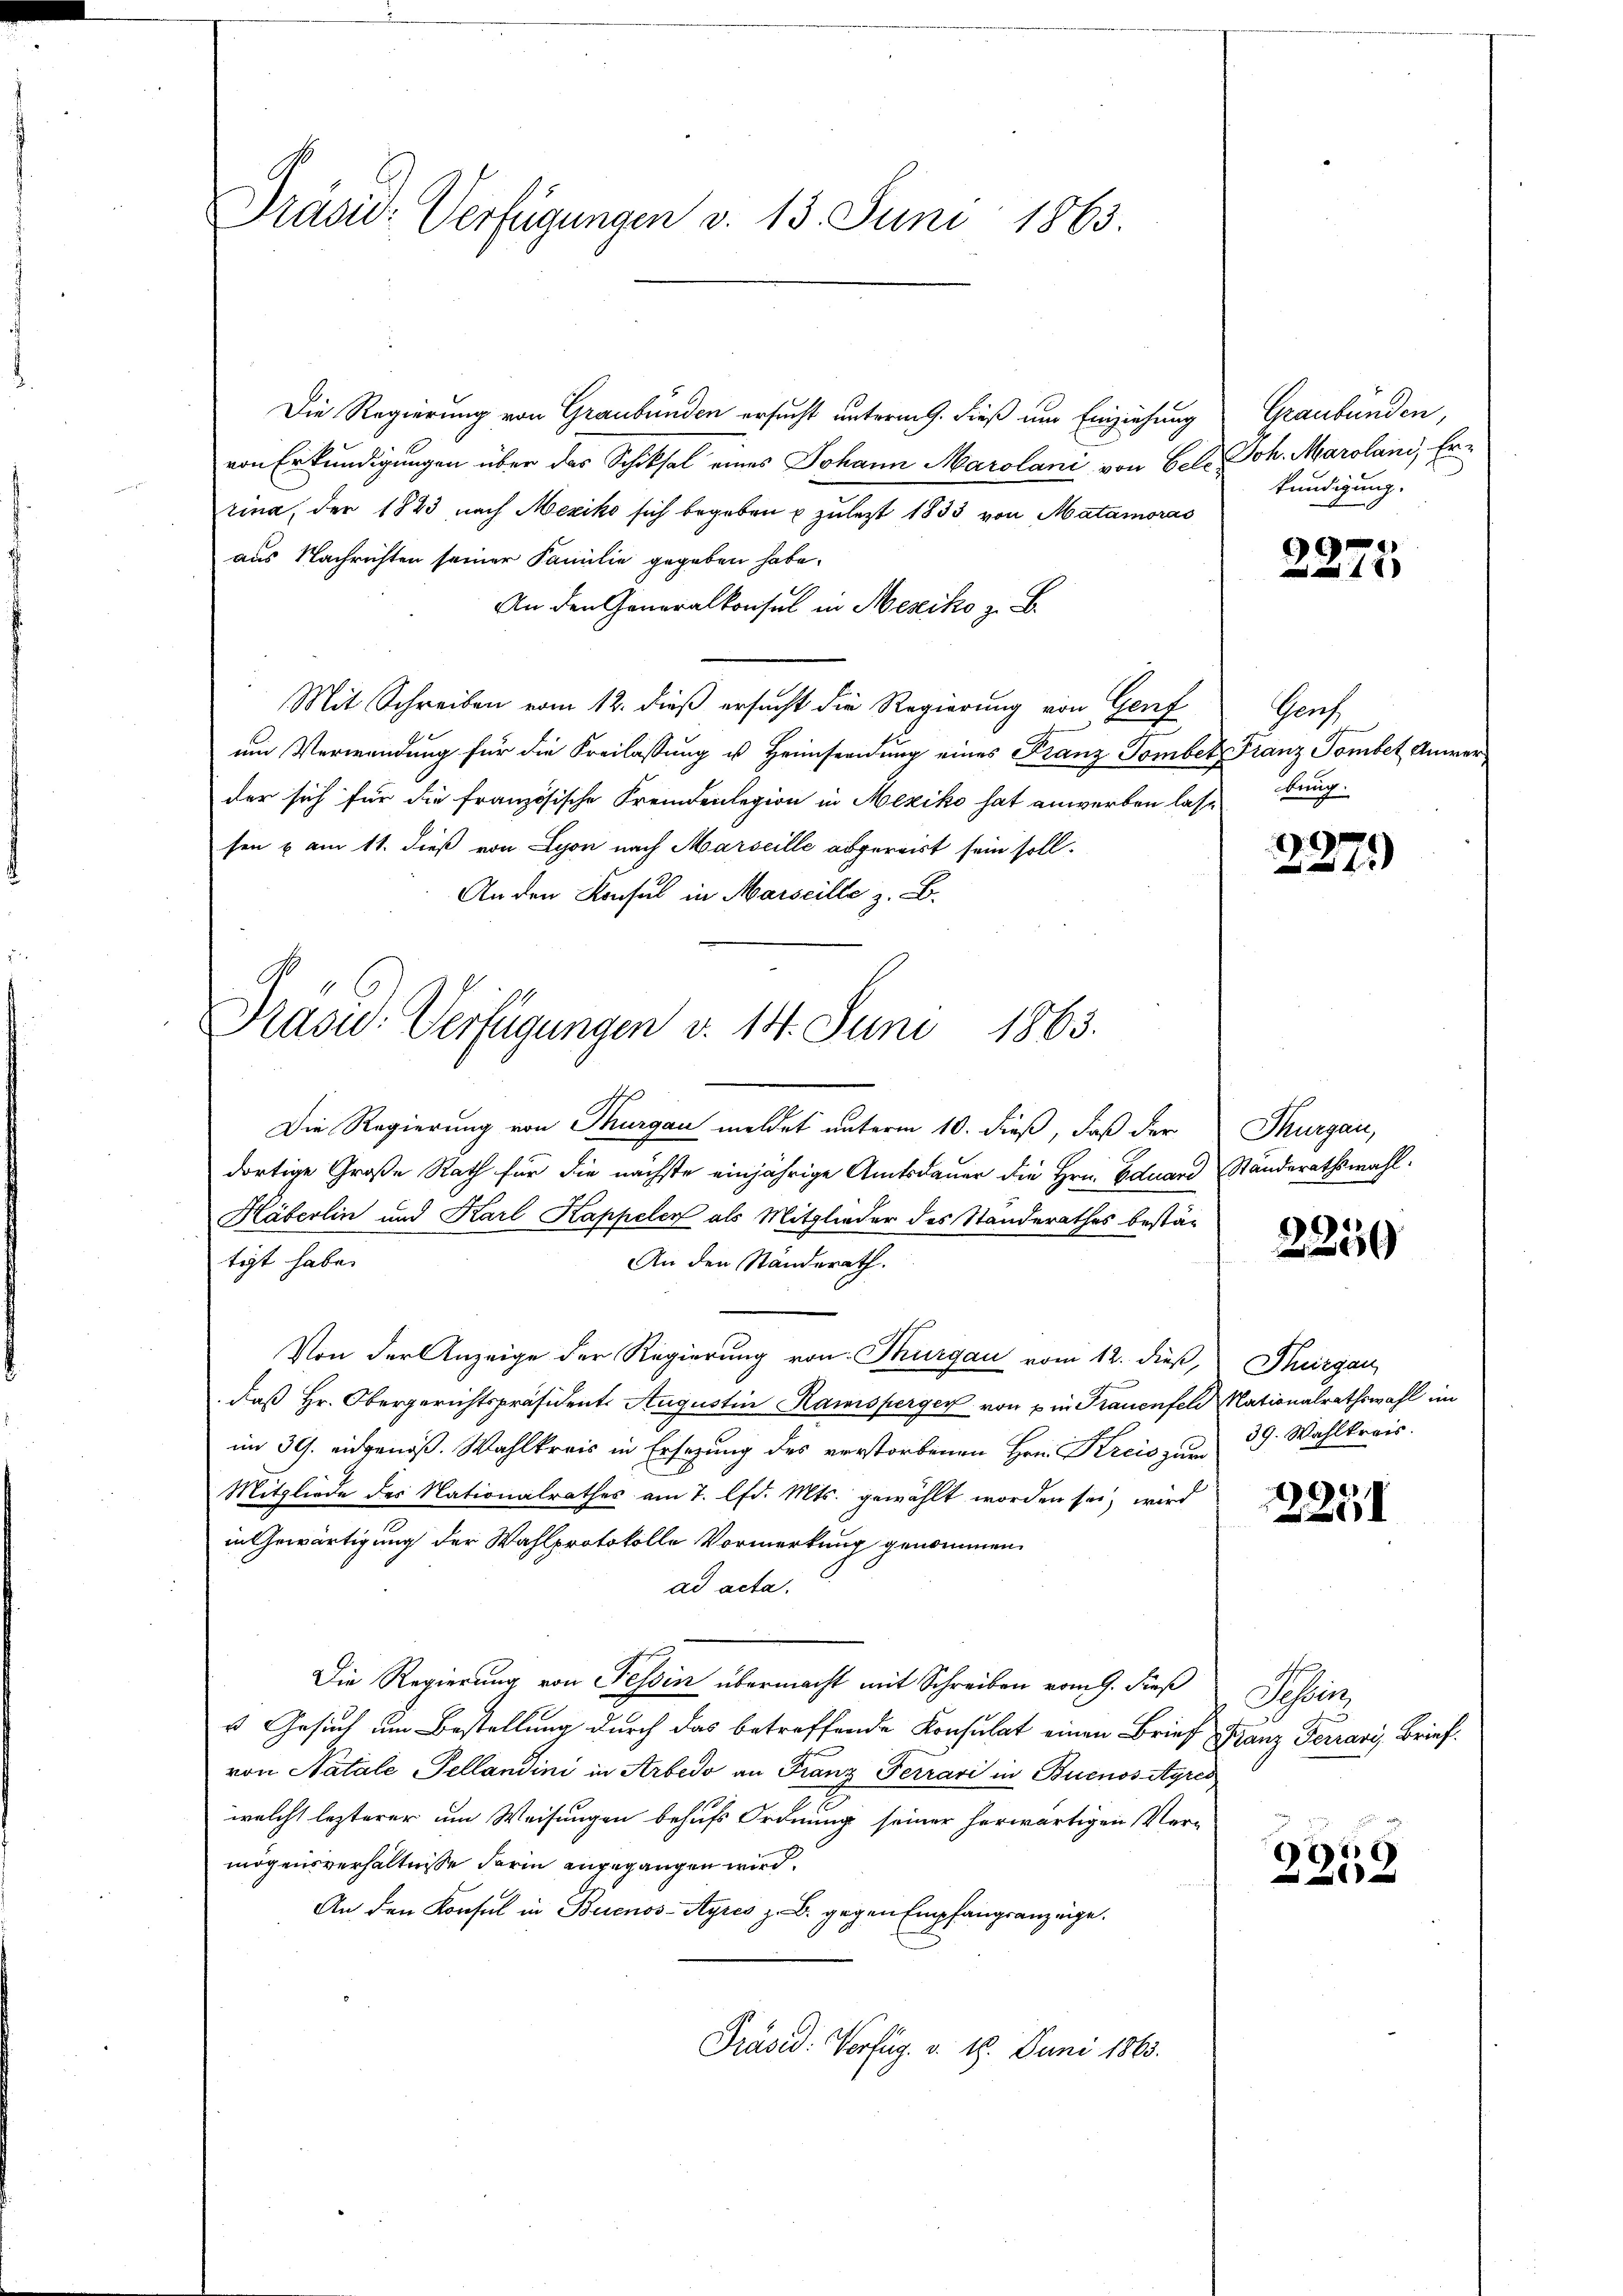
Präsid. Verfügungen v. 13. Juni 1863.

Die Regierung von Graubünden ersucht unterm 9. dieß um Einziehung
von Erkundigungen über das Schiksal eines Johann Marolani von bele Joh. Marolani, Errina, der 1823 nach Mexiko sich begeben u zulezt 1833, von Matamoras
aus Nachrichten seiner Familie gegeben habe.
An den Generalkonsul in Mesiko z. B.
Mit Schreiben vom 12. dieß ersucht die Regierung von Genf
um Verwendung für die Freilassung u Heimsendung eines Franz Tombet Franz Tombet Anwerder sich für die französische Fremdenlegion in Mexiko hat anwerben lassung.
sen & am 11. dieß von Lyon nach Marseille abgereist sein soll.
An den Konsul in Marseille z. B.
Die Regierung von Thurgau meldet unterm 10. dieß, daß der Thurgau,
dortige Große Rath für die nächste einjährige Amtsdauer die Hrn. Eduard Ständerathswahl.
Häberlin und Karl Kappelen als Mitglieder des Standerathes bestä-
tigt habe.
An den Ständerath.
Von der Anzeige der Regierung von Thurgau vom 12. dieß, Thurgau
daß Hr. Obergerichtspräsident. Augustin Ramsperger von in Frauenfeld Nationalrathswahl im
im 30. eidgenöß. Wahlkreis in Ersetzung des verstorbenen Hrn. Kreis zum
Mitgliede des Nationalrathes am 7. lfd. Mts. gewählt worden sei, wird
in Gewärtigung der Wahlprotokolle Vormerkung genommen.
ad acta.
Die Regierung von Tessin übermacht mit Schreiben vom 9. dieß Tessin,
s Gesuch um Bestellung durch das betreffende Konsulat einen Brief Franz Ferrari, Brief.
von Natale Fellandini in Arbedo an Franz Ferrari in Buenosstyres
welche lezterer um Weisungen behufs Ordnung seiner herwärtigen Vermögensverhältnisse darin angegangen wird.
An den Konsul in Buenos-Ayres z. B. gegen Empfangsanzeige.
Präsid. Verfüg. v. 18. Juni 1863.

Präsid.: Verfügungen v. 14. Juni 1863.

Graubünden,
kundigung.

e
2310

Genf

4

2250

39. Wahlkreis.

2251

2259